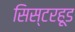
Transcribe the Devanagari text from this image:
सिस्टरहूड